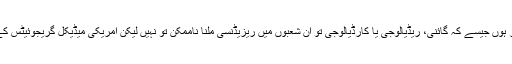
ایسے شعبے جو زیادہ پاپولر ہوں جیسے کہ گائنی، ریڈیالوجی یا کارڈیالوجی تو ان شعبوں میں ریزیڈنسی ملنا ناممکن تو نہیں لیکن امریکی میڈیکل گریجوئیٹس کے نسبتا” مشکل ضرور ہے۔